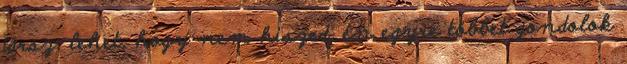
jársz. lehet, hogy nem hiszed, én egyre többet gondolok